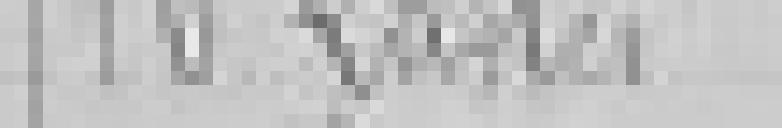
16. Lattes